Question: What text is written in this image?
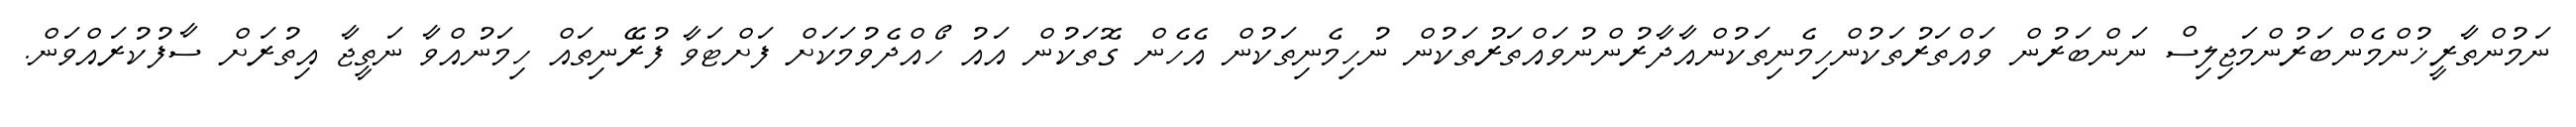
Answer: ނަމުންތާރީޚުންމެންބަރުންމަޖިލިސް ނަންބަރުން ވައްތަރުތަކުންހިމެނިތަކުންއާދާރުންނުވައްތަރުތަކުން ނުހިމެނިތަކުން އެހެން ގޮތަކުން އައު ހޯއްދެވުމަކަށް ފަށްޓަވާ ފުރޭނިތައް ހިމަނުއްވާ ނަތީޖާ އިތުރަށް ސާފުކުރައްވަން.